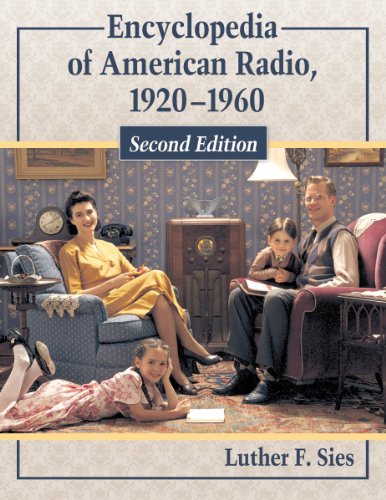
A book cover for Encyclopedia of American Radio: 1920-1960, 2d ed. (2 vol set); Luther F. Sies; Humor & Entertainment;